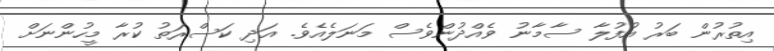
އިތުރުން ބަރު އުފުލާ ސާމާނު ވެއްދުންވެސް މަނަލެއެވެ. އަދި ކަސްރަތު ކުރާ މީހުންނަށް